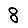
Digit: 8